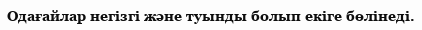
Одағайлар негізгі және туынды болып екіге бөлінеді.